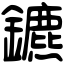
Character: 鑣